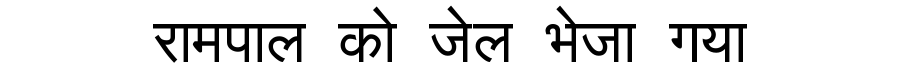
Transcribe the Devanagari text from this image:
रामपाल को जेल भेजा गया